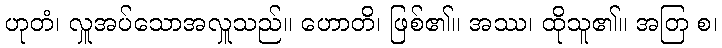
ဟုတံ၊ လှူအပ်သောအလှူသည်။ ဟောတိ၊ ဖြစ်၏။ အဿ၊ ထိုသူ၏။ အတြ စ၊